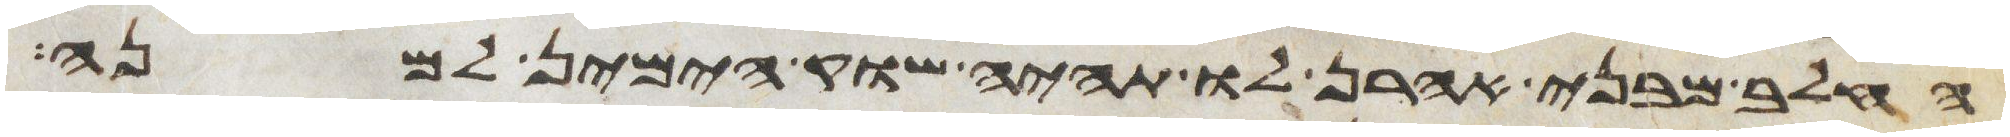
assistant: החלב מבני אהרן לו תהיה שוק הימין למנה